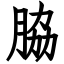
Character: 脇